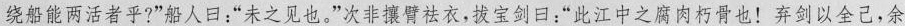
绕船能两活者乎?”船人口：”未之见也。”次非攘臂祛衣，拔宝剑日：”此江中之腐肉朽骨也！弃剑以全己，余